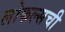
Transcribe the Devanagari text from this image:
लोकल्सची